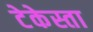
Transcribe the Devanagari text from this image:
टेकेस्ता